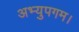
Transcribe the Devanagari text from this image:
अभ्युपगम।